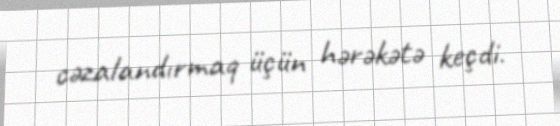
cəzalandırmaq üçün hərəkətə keçdi.